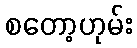
စတော့ဟုမ်း